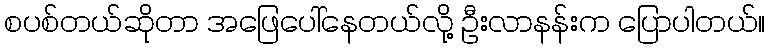
စပစ်တယ်ဆိုတာ အဖြေပေါ်နေတယ်လို့ ဦးလာနန်းက ပြောပါတယ်။